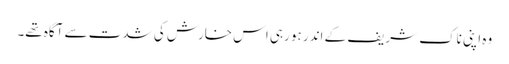
وہ اپنی ناک شریف کے اندر ہو رہی اس خارش کی شدت سے آگاہ تھے۔